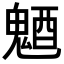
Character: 𩳜